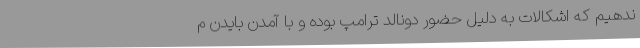
ندهیم که اشکالات به دلیل حضور دونالد ترامپ بوده و با آمدن بایدن م